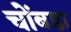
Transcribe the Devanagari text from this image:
चोंबडा